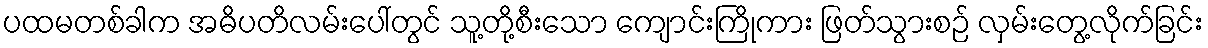
ပထမတစ်ခါက အဓိပတိလမ်းပေါ်တွင် သူ့တို့စီးသော ကျောင်းကြိုကား ဖြတ်သွားစဉ် လှမ်းတွေ့လိုက်ခြင်း